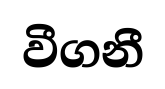
වීගනී